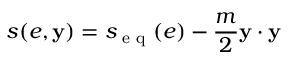
s ( e , \mathbf y ) = s _ { \textrm { e q } } ( e ) - \frac { m } { 2 } \mathbf y \cdot \mathbf y